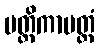
မတ္တိကာပတ္တံ